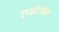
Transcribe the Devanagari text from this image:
एजंटांवर